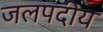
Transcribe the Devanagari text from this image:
जलपदीय